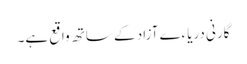
گارنی دریاءے آزاد کے ساتھ واقع ہے۔